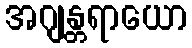
အဂျန္တရာယော